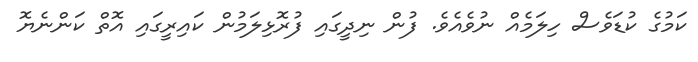
ކަމުގެ ކުޑަވެސް ހިލަމެއް ނުވެއެވެ. ފުން ނިދީގައި ފުރޮޅިލަމުން ކައިރީގައި އޮތް ކަންނެޔޮ